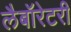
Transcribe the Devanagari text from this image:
लैबॉरेटरी